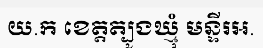
យ.ក ខេត្តត្បូងឃ្មុំ មន្ទីរអ.